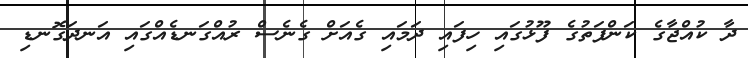
ދާ ކުއްޖާގެ ކަންފަތުގެ ފޫޅުގައި ހިފައި ދަމައި ގެއަށް ގެނެސް ރުއްގަނޑެއްގައި އަނދަގޮނޑި